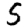
Digit: 5